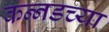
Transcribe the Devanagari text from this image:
कन्‍नडच्या